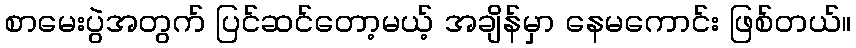
စာမေးပွဲအတွက် ပြင်ဆင်တော့မယ့် အချိန်မှာ နေမကောင်း ဖြစ်တယ်။